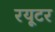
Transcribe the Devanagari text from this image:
रयूटर